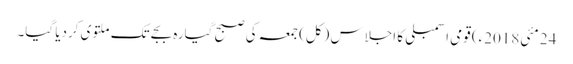
24 مئی2018ء) قومی اسمبلی کا اجلاس (کل) جمعہ کی صبح گیارہ بجے تک ملتوی کردیا گیا۔